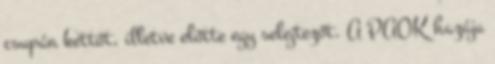
csupán kettőt, illetve előtte egy selejtezőt. A PAOK hazája